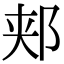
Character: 郏